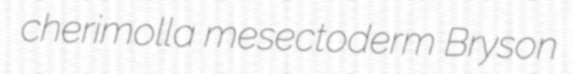
cherimolla mesectoderm Bryson